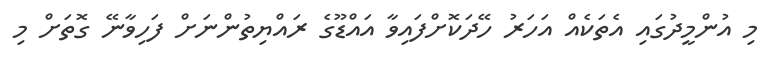
މި އުންމީދުގައި އެތަކެއް އަހަރު ހޭދަކޮށްފައިވާ އައްޑޫގެ ރައްޔިތުންނަށް ފަހިވާނޭ ގޮތަށް މި